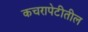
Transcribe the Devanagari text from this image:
कचरापेटीतील